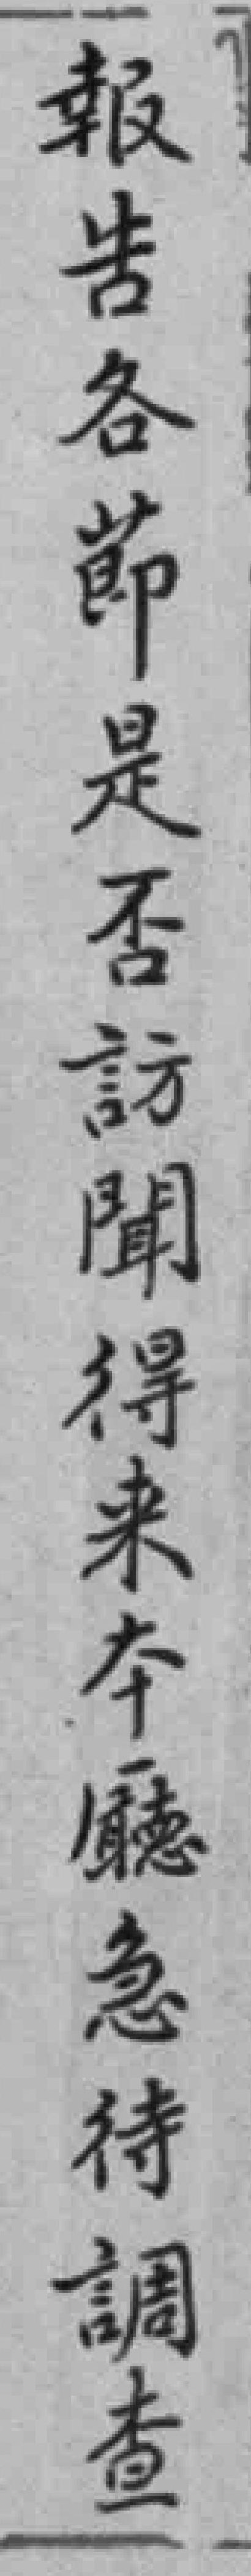
報告各節是否訪聞得来本廳急待調查